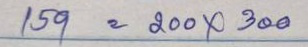
159 = 200 x 300